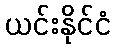
ယင်းနိုင်ငံ